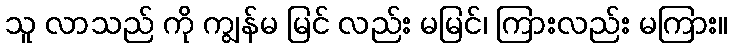
သူ လာသည် ကို ကျွန်မ မြင် လည်း မမြင်၊ ကြားလည်း မကြား။